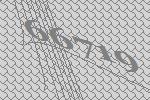
66719